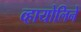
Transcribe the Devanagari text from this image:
व्हायोलिने